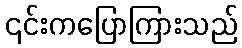
၎င်းကပြောကြားသည်